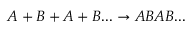
A + B + A + B . . . \rightarrow A B A B . . .